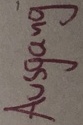
Text: Ausgang